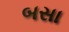
બસા